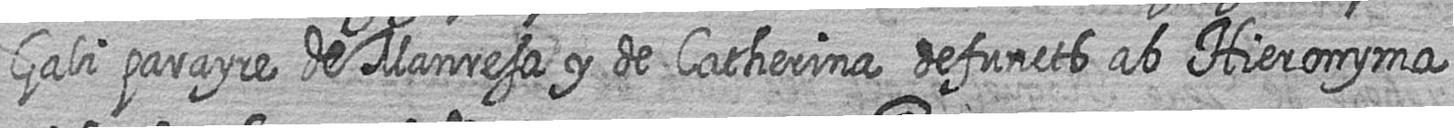
Gali parayre de Manresa y de Catherina defuncts ab Hieronyma